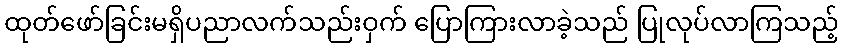
ထုတ်ဖော်ခြင်းမရှိပညာလက်သည်းဝှက် ပြောကြားလာခဲ့သည် ပြုလုပ်လာကြသည့်